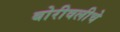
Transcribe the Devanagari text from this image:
बोरीवलीचे